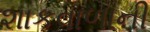
શાકવાળાની